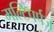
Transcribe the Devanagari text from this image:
मल्टिपर्पज